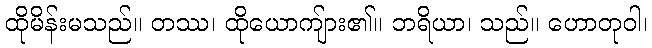
ထိုမိန်းမသည်။ တဿ၊ ထိုယောကျ်ား၏။ ဘရိယာ၊ သည်။ ဟောတုဝါ၊